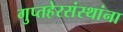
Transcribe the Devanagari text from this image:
गुप्तहेरसंस्थांना